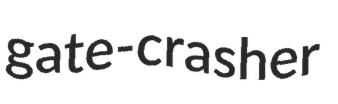
gate-crasher